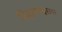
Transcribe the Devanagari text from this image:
सिद्धरामेश्वरावर